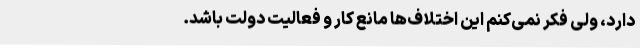
دارد، ولی فکر نمی‌کنم این اختلاف‌ها مانع کار و فعالیت دولت باشد.